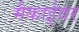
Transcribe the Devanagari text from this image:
मैकाईवर